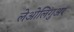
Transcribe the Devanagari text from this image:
लेओलिगुअर